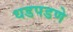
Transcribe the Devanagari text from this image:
धडपडणे